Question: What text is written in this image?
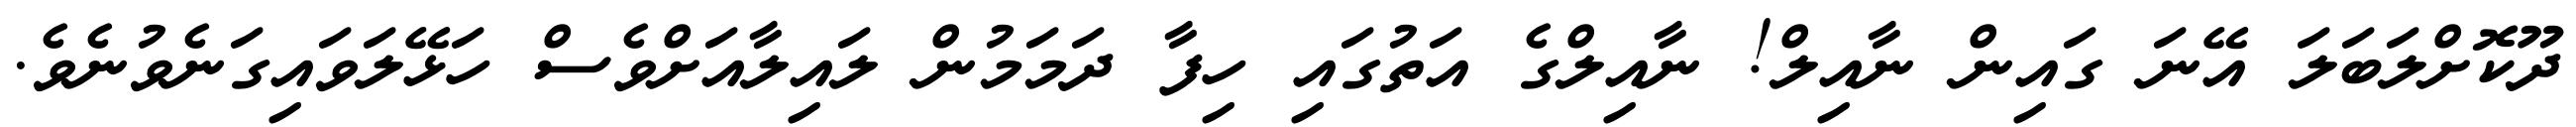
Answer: ދޫކޮށްލަބަލަ އޭނަ ގައިން ނާއިލް! ނާއިލްގެ އަތުގައި ހިފާ ދަމަމުން ލައިލާއަށްވެސް ހަޅޭލަވައިގަނެވުނެވެ.